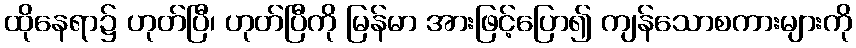
ထိုနေရာ၌ ဟုတ်ပြီ၊ ဟုတ်ပြီကို မြန်မာ အားဖြင့်ပြော၍ ကျန်သောစကားများကို